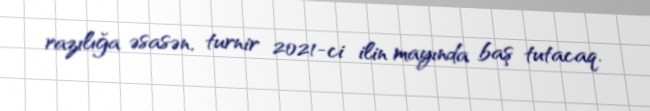
razılığa əsasən, turnir 2021-ci ilin mayında baş tutacaq.